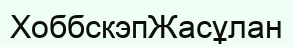
ХоббскэпЖасұлан